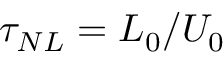
\tau _ { N L } = L _ { 0 } / U _ { 0 }